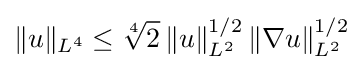
\|u\|_{L^{4}}\leq {\sqrt[{4}]{2}}\,\|u\|_{L^{2}}^{1/2}\,\|\nabla u\|_{L^{2}}^{1/2}